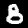
Digit: 8